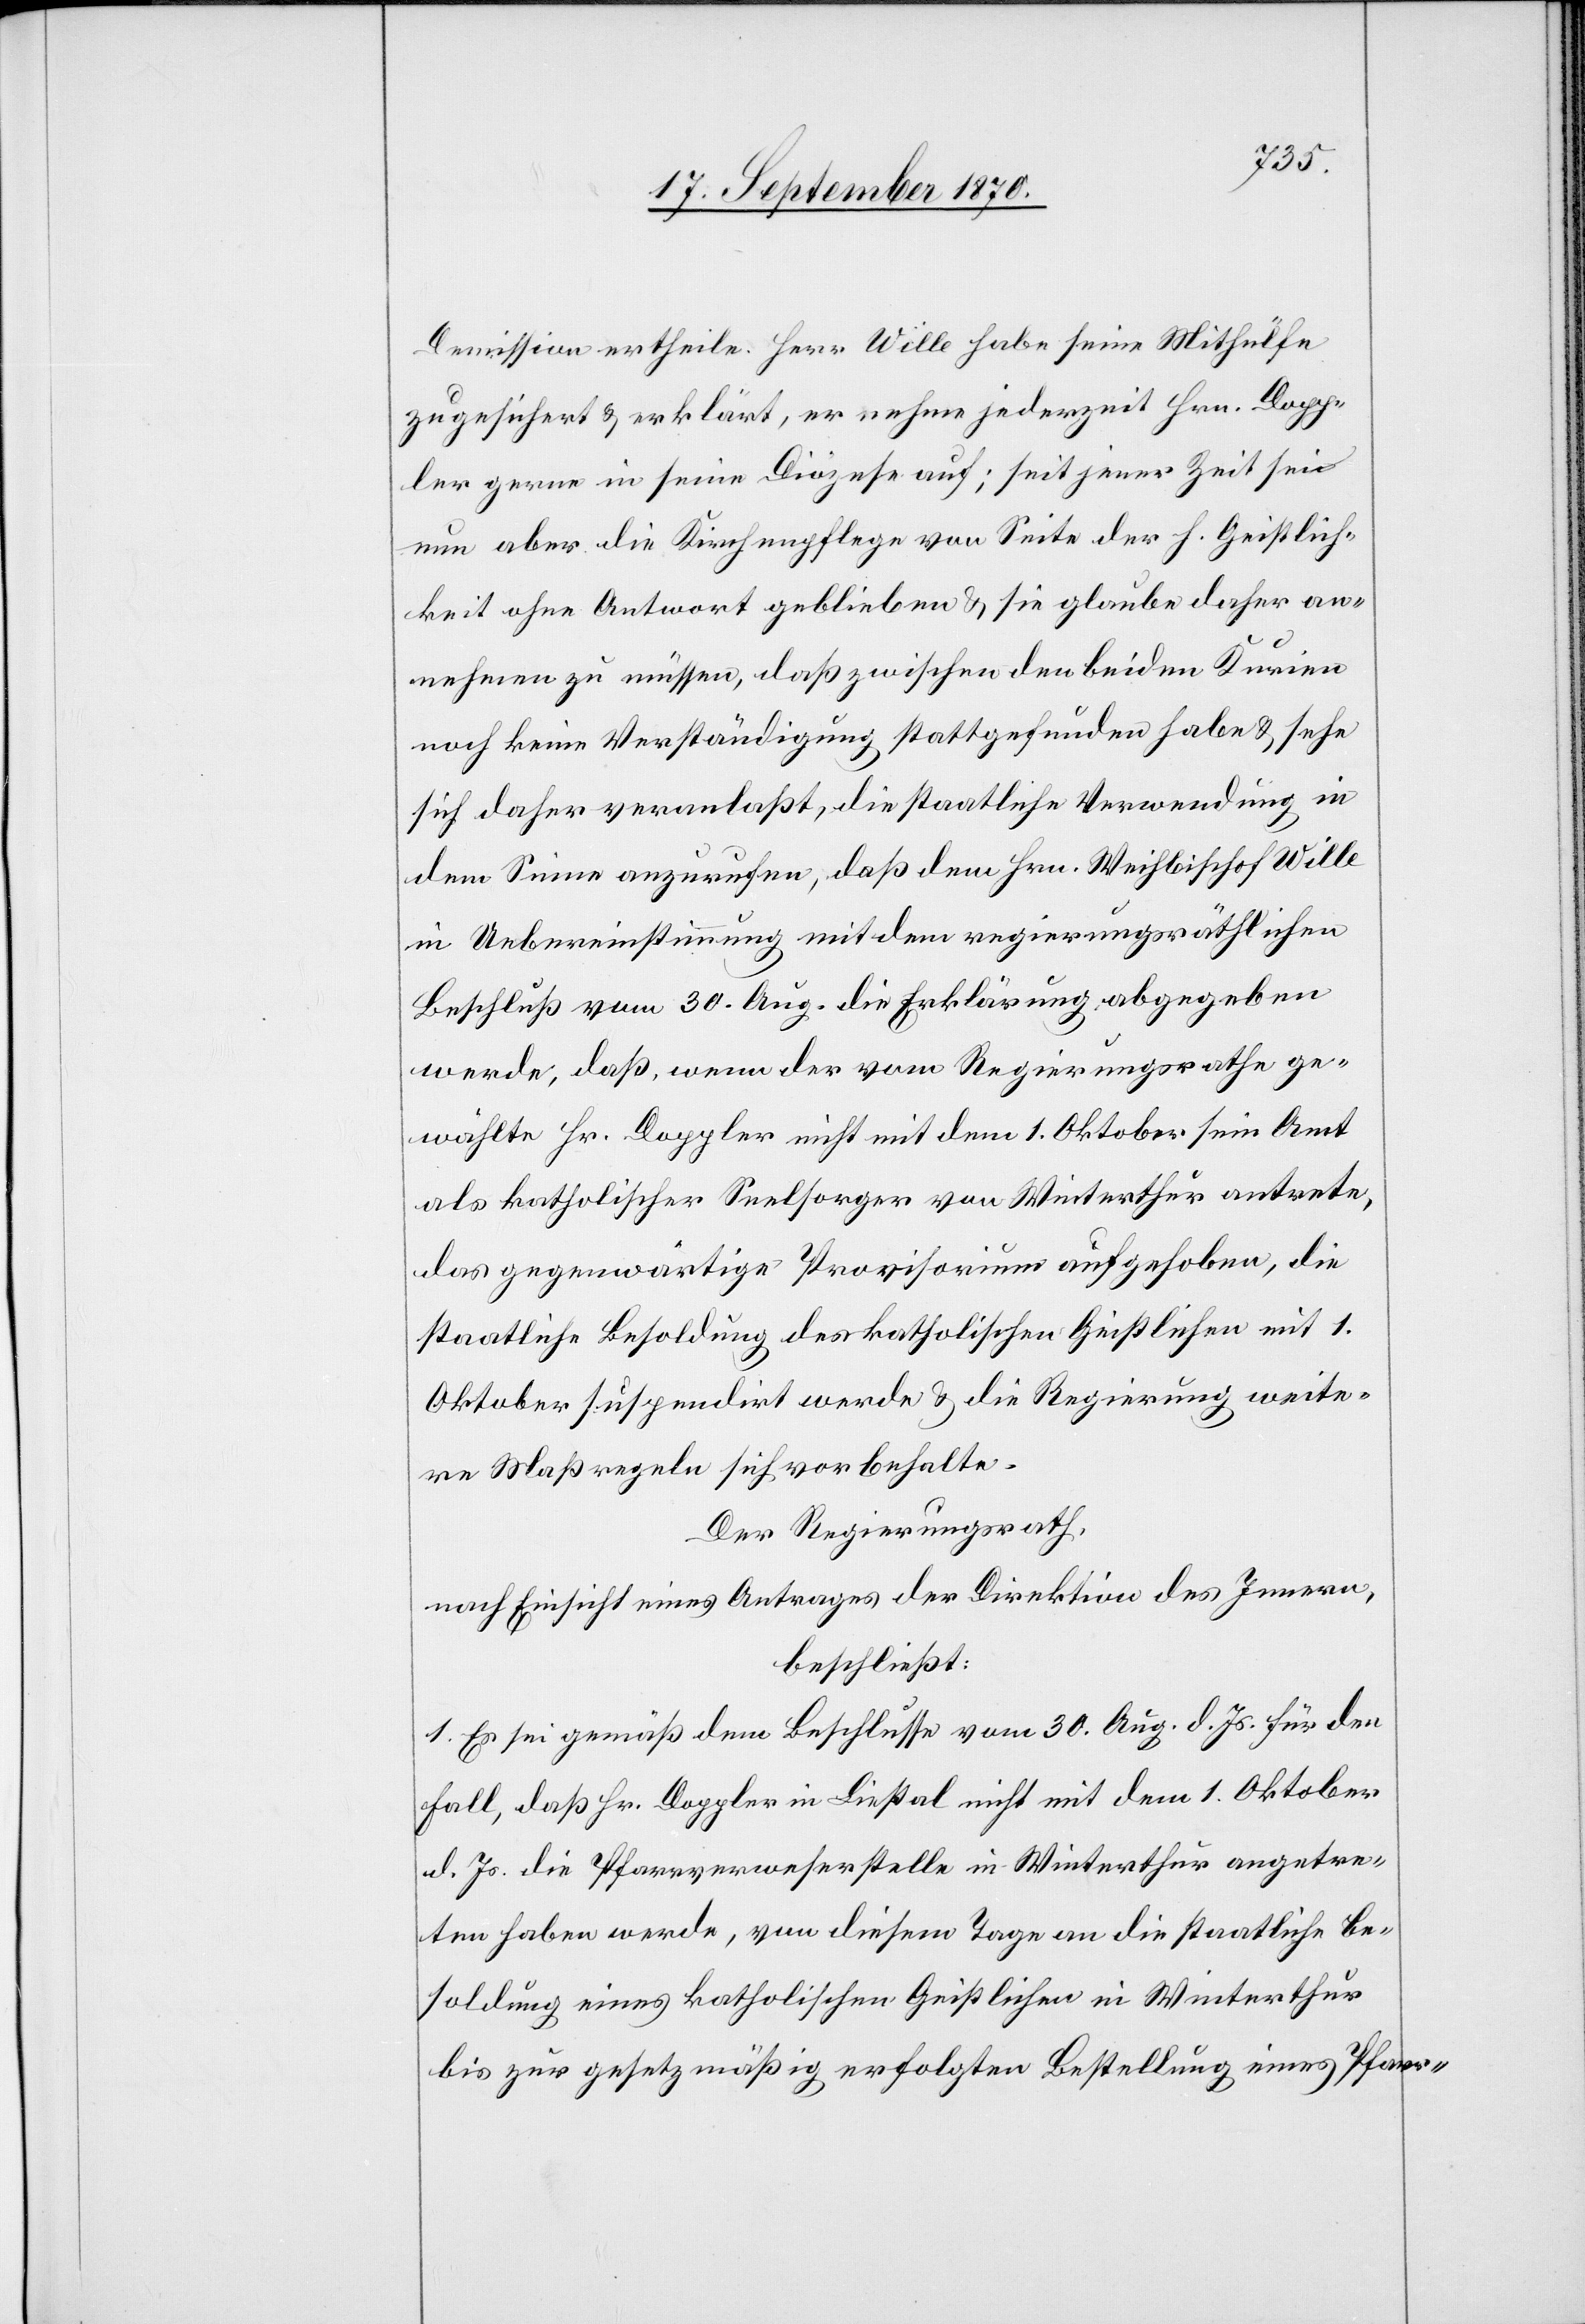
Demission ertheile. Herr Wille habe seine Mithülfe
zugesichert & erklärt, er nehme jederzeit Hrn. Dopp¬
ler gerne in seine Diözese auf; seit jener Zeit sei
nun aber die Kirchenpflege von Seite der h. Geistlich¬
keit ohne Antwort geblieben & sie glaube daher an¬
nehmen zu müssen, daß zwischen den beiden Kurien
noch keine Verständigung stattgefunden habe & sehe
sich daher veranlaßt, die staatliche Verwendung in
dem Sinne anzurufen, daß dem Hrn. Weihbischof Wille
in Uebereinstimmung mit dem regierungsräthlichen
Beschluß vom 30. Aug. die Erklärung abgegeben
werde, daß, wenn der vom Regierungsrathe ge¬
wählte Hr. Doppler nicht mit dem 1. Oktober sein Amt
als katholischer Seelsorger von Winterthur antrete,
das gegenwärtige Provisorium aufgehoben, die
staatliche Besoldung des katholischen Geistlichen mit 1.
Oktober suspendirt werde & die Regierung weite¬
re Maßregeln sich vorbehalte.
Der Regierungsrath,
nach Einsicht eines Antrages der Direktion des Innern,
beschließt:
1. Es sei gemäß dem Beschlusse vom 30. Aug. d. Js. für den
Fall, daß Hr. Doppler in Liestal nicht mit dem 1. Oktober
d. Js. die Pfarrverweserstelle in Winterthur angetre¬
ten haben werde, von diesem Tage an die staatliche Be¬
soldung eines katholischen Geistlichen in Winterthur
bis zur gesetzmäßig erfolgten Bestellung eines Pfarr-